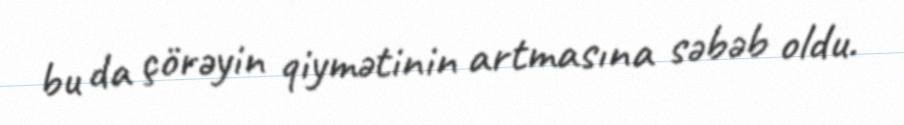
bu da çörəyin qiymətinin artmasına səbəb oldu.